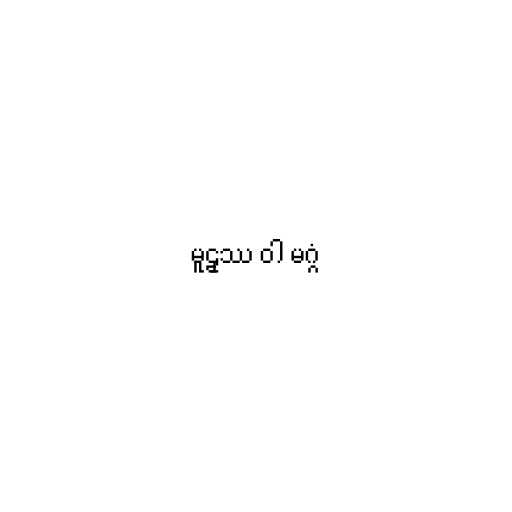
မူဠှဿ ဝါ မဂ္ဂံ